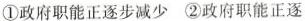
①政府职能正逐步减少 ②政府职能正逐